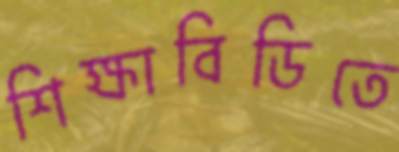
শিক্ষাবিডিতে